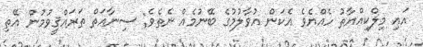
އައި މިލްކިއްޔާތު ހެއްޔެވެ އެކަން އުވާލުމުގެ ބޭނުމެއް ނެތެވެ; ސިނާޢަތް ތަރައްޤީވުމުން އޭތި